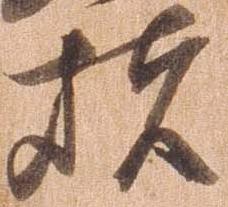
堵